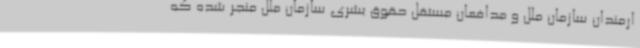
ارمندان سازمان ملل و مدافعان مستقل حقوق بشری سازمان ملل منجر شده که